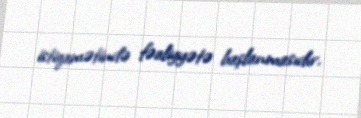
istiqamətində fəaliyyətə başlanmasıdır.